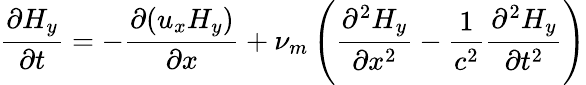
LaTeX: \frac{\partial{H_{y}}}{\partial t}=-\frac{\partial{(u_{x}H_{y})}}{\partial x}+\nu_{m}\left(\frac{\partial^{2}H_{y}}{\partial x^{2}}-\frac{1}{c^{2}}\frac{\partial^{2}H_{y}}{\partial t^{2}}\right)